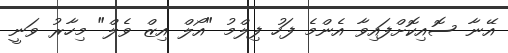
އޭނާ ސޮއިކޮށްފައިވާ އެންމެ ފަހު ފިލްމު "އޯލް އިޒް ވެލް" މިހާރު ވަނީ